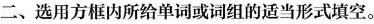
二、选用方框内所给单词或词组的适当形式填空.